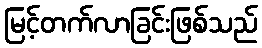
မြင့်တက်လာခြင်းဖြစ်သည်